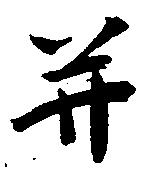
并